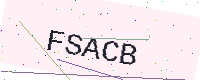
Text: FSACB